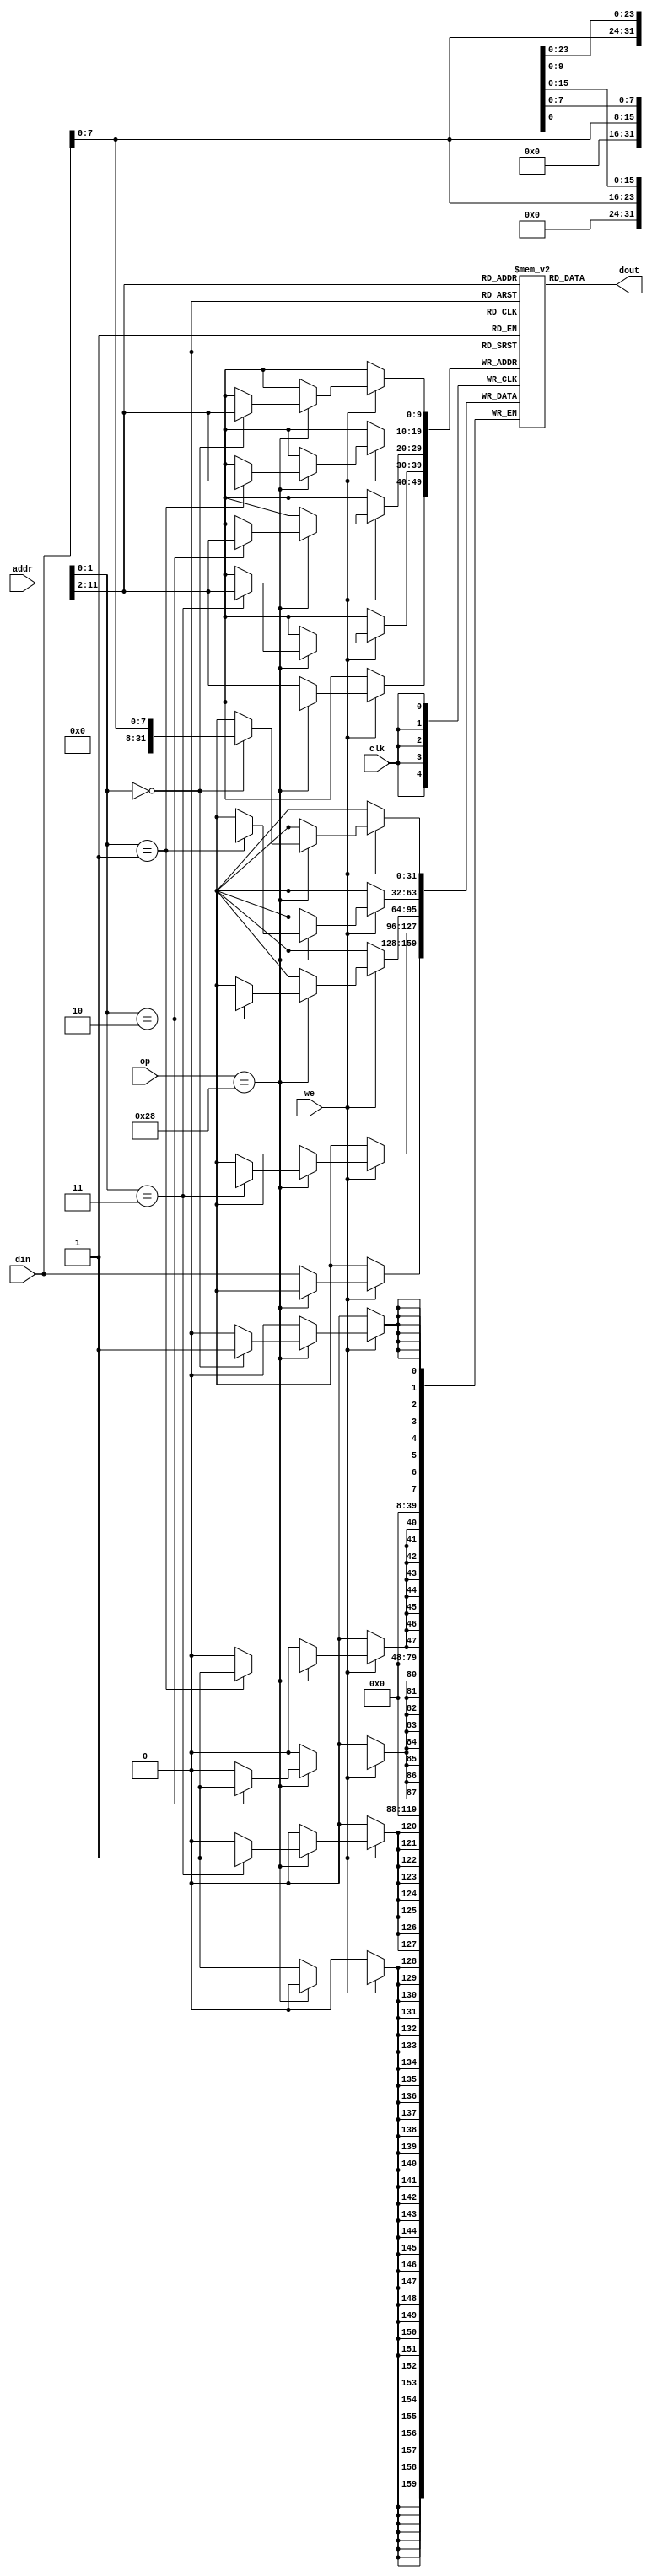
module  dm_4k( //
    addr,// Address In
    din,//Data in
    we,//Write Enable
    // clock
    op,
    clk,
    dout//Data Out
);
input  [31:0] addr;
input wire we,clk;
input  [31:0] din;
input [5:0] op;
output  [31:0] dout;
reg [31:0] dm [1023:0];//1024*4=4096



integer i;
initial 
begin
  for(i=0;i<1024;i=i+1)
  dm[i]=32'b0;
  end

assign dout=dm[addr[11:2]];     
 
always @ (posedge clk)
begin
  if(we)    
 begin  
   if(op==6'b101000) //sb  
   begin
     if(addr[1:0]==2'b00)
     dm[addr[11:2]][7:0]<=din[7:0];
     if(addr[1:0]==2'b01)
     dm[addr[11:2]][15:8]<=din[7:0];
     if(addr[1:0]==2'b10)
     dm[addr[11:2]][23:16]<=din[7:0];
     if(addr[1:0]==2'b11)
     dm[addr[11:2]][31:24]<=din[7:0];
   end
   else
   dm[addr[11:2]]<=din;
 end
    

   
end

endmodule